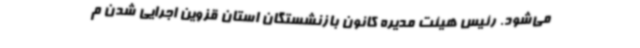
می‌شود. رئیس هیئت مدیره کانون بازنشستگان استان قزوین اجرایی شدن م